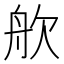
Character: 𬅣